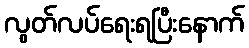
လွတ်လပ်ရေးရပြီးနောက်